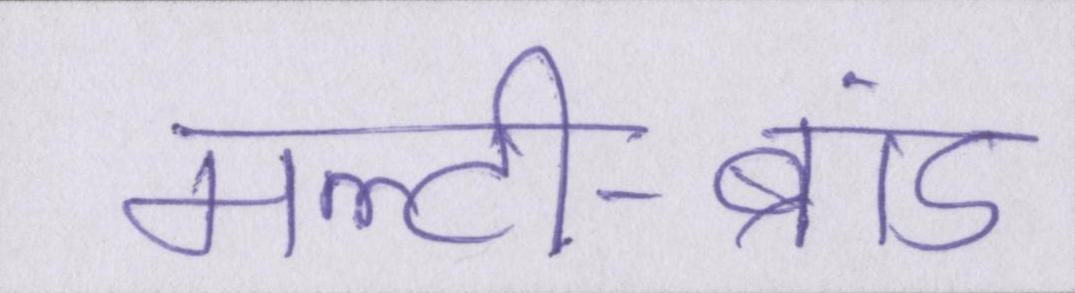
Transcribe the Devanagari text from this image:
मल्टी-ब्रांड